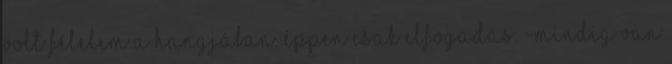
volt félelem a hangjában. Éppen csak elfogadás. -Mindig van